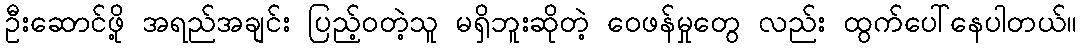
ဦးဆောင်ဖို့ အရည်အချင်း ပြည့်ဝတဲ့သူ မရှိဘူးဆိုတဲ့ ဝေဖန်မှုတွေ လည်း ထွက်ပေါ်နေပါတယ်။